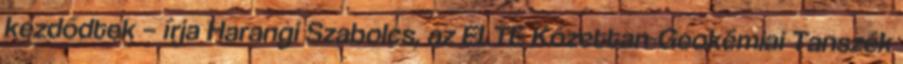
kezdődtek – írja Harangi Szabolcs, az ELTE Kőzettan-Geokémiai Tanszék